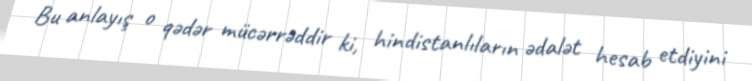
Bu anlayış o qədər mücərrəddir ki, hindistanlıların ədalət hesab etdiyini